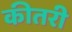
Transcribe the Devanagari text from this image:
कीतरी